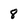
Character: 8